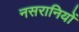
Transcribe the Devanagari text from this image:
नसरानियों